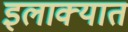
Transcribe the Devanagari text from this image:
इलाक्यात